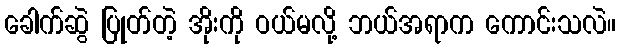
ခေါက်ဆွဲ ပြုတ်တဲ့ အိုးကို ဝယ်မလို့ ဘယ်အရာက ကောင်းသလဲ။